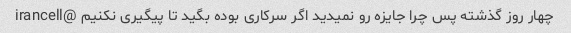
چهار روز گذشته پس چرا جایزه رو نمیدید اگر سرکاری بوده بگید تا پیگیری نکنیم @irancell